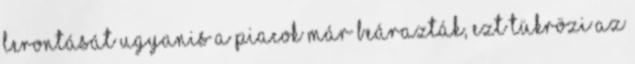
lerontását ugyanis a piacok már beárazták, ezt tükrözi az